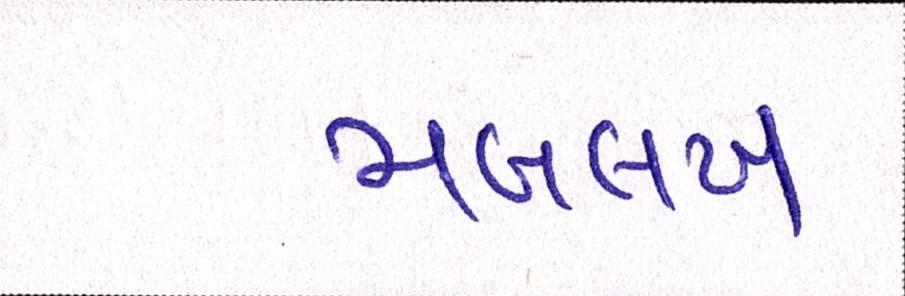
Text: મબલખ